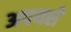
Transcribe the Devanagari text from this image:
अपयशे